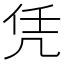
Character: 凭